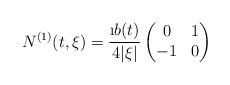
LaTeX: \begin{align*} N^{(1)}(t,\xi) = \frac{\i b(t)}{4|\xi|} \begin{pmatrix} 0& 1 \\ -1 & 0 \end{pmatrix}\end{align*}